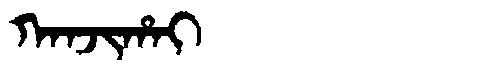
Manchu: ᡴᠠᠨᠵᡳᡥᠠᡳ
Romanization: KANJIHAI